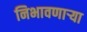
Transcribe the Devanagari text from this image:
निभावणाऱ्या